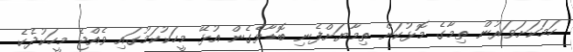
ހަމަކަށަވަރުން ތިމާގެ މޮޅުކަން ތިމާޔަށްފެނި ބޮޑާވެގެން އުޅޭ މީހަކުކަމުގައި ވެއްޖެ މީހަކުދެކެ